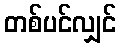
တစ်ပင်လျှင်